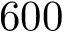
6 0 0